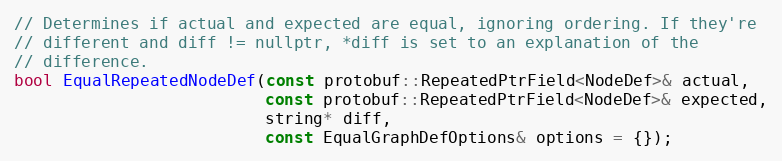
Language: C
// Determines if actual and expected are equal, ignoring ordering. If they're
// different and diff != nullptr, *diff is set to an explanation of the
// difference.
bool EqualRepeatedNodeDef(const protobuf::RepeatedPtrField<NodeDef>& actual,
                          const protobuf::RepeatedPtrField<NodeDef>& expected,
                          string* diff,
                          const EqualGraphDefOptions& options = {});